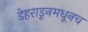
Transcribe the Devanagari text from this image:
डेहराडूनमधूनच